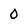
Character: 0